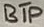
Text: BTP